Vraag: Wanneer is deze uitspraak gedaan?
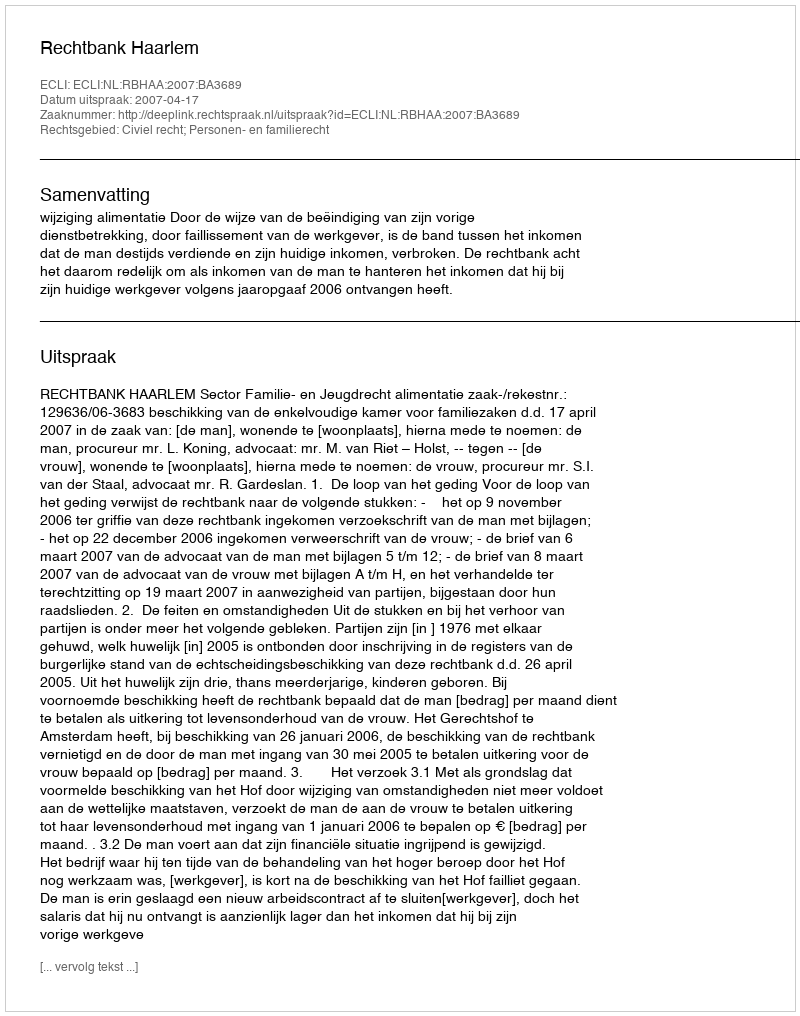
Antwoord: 2007-04-17